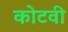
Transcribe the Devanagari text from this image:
कोटवी